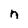
Character: n